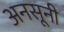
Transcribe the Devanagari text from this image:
अनसूनी